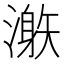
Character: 𣽜